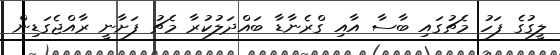
ލީގުގެ ފަހު މެޗުގައި ބާސާ އާއި ގްރެނާޑާ ބައްދަލުކުރާ މެޗު ފަށާނީ ރާއްޖެގަޑިން